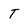
Character: t